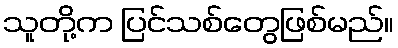
သူတို့က ပြင်သစ်တွေဖြစ်မည်။